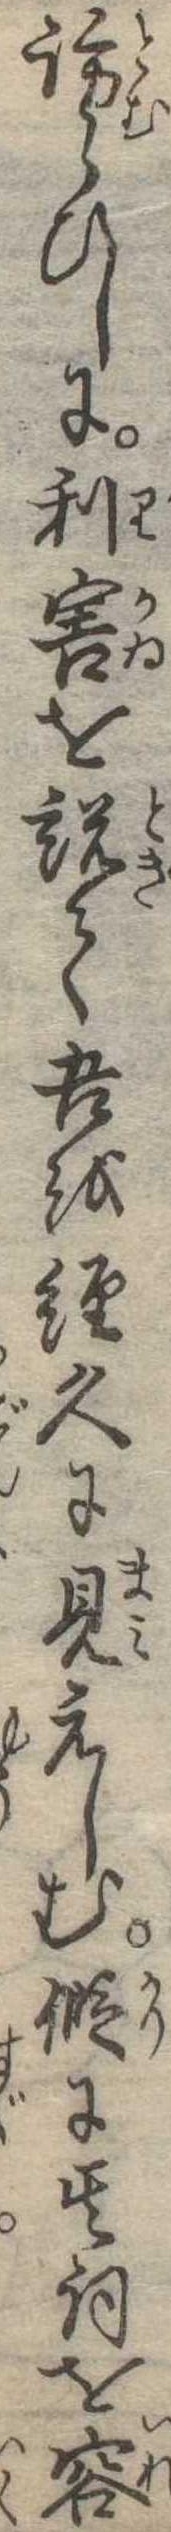
訪らひしに利害を説て吾を経久に見えしむ仮に其詞を容